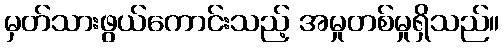
မှတ်သားဖွယ်ကောင်းသည့် အမှုတစ်မှုရှိသည်။